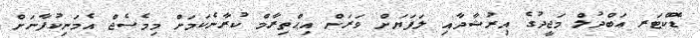
ޑޮކްޓަރ ޢަބްދުލް މަޖީދުގެ އިރުޝާދާއި ލަފަޔަށް ވަރަށް އިޙްތިރާމް ކުރާނެކަމަށް މިމެސެޖް އެމަނިކުފާނަށް